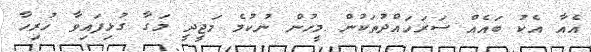
އެއާ އެކު ބައެއް ސަރަހައްދުތަކުން މީހުން ނުކުމެ މަޖީދީ މަގާ ގުޅިފައިވާ ހުރިހާ